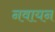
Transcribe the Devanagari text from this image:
नवायन